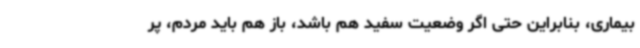
بیماری، بنابراین حتی اگر وضعیت سفید هم باشد، باز هم باید مردم، پر